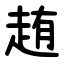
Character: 䞥